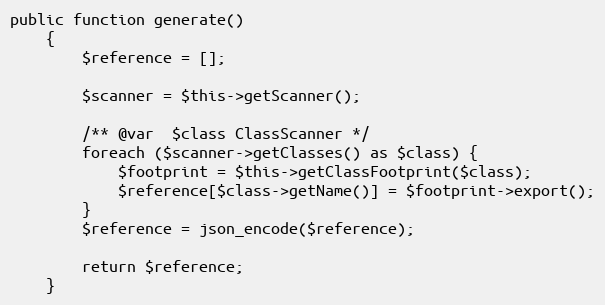
Language: PHP
public function generate()
    {
        $reference = [];

        $scanner = $this->getScanner();

        /** @var  $class ClassScanner */
        foreach ($scanner->getClasses() as $class) {
            $footprint = $this->getClassFootprint($class);
            $reference[$class->getName()] = $footprint->export();
        }
        $reference = json_encode($reference);

        return $reference;
    }